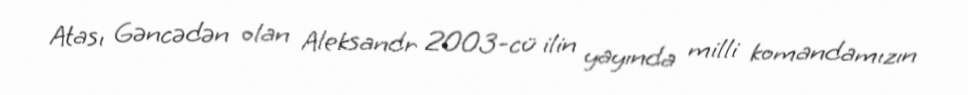
Atası Gəncədən olan Aleksandr 2003-cü ilin yayında milli komandamızın